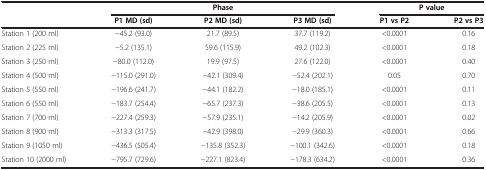
<table><thead><tr><td><b> </b></td><td colspan="3"><b>Phase</b></td><td colspan="2"><b>P value</b></td></tr><tr><td><b> </b></td><td><b>P1 MD (sd)</b></td><td><b>P2 MD (sd)</b></td><td><b>P3 MD (sd)</b></td><td><b>P1 vs P2</b></td><td><b>P2 vs P3</b></td></tr></thead><tbody><tr><td>Station 1 (200 ml)</td><td>-45.2 (93.0)</td><td>21.7 (89.5)</td><td>37.7 (119.2)</td><td>&lt;0.0001</td><td>0.16</td></tr><tr><td>Station 2 (225 ml)</td><td>-5.2 (135.1)</td><td>59.6 (115.9)</td><td>49.2 (102.3)</td><td>&lt;0.0001</td><td>0.18</td></tr><tr><td>Station 3 (250 ml)</td><td>-80.0 (112.0)</td><td>19.9 (97.5)</td><td>27.6 (122.0)</td><td>&lt;0.0001</td><td>0.40</td></tr><tr><td>Station 4 (500 ml)</td><td>-115.0 (291.0)</td><td>-42.1 (309.4)</td><td>-52.4 (202.1)</td><td>0.05</td><td>0.70</td></tr><tr><td>Station 5 (550 ml)</td><td>-196.6 (241.7)</td><td>-44.1 (182.2)</td><td>-18.0 (185.1)</td><td>&lt;0.0001</td><td>0.11</td></tr><tr><td>Station 6 (550 ml)</td><td>-183.7 (254.4)</td><td>-65.7 (237.3)</td><td>-38.6 (205.5)</td><td>&lt;0.0001</td><td>0.13</td></tr><tr><td>Station 7 (700 ml)</td><td>-227.4 (259.3)</td><td>-57.9 (235.1)</td><td>-14.2 (205.9)</td><td>&lt;0.0001</td><td>0.02</td></tr><tr><td>Station 8 (900 ml)</td><td>-313.3 (317.5)</td><td>-42.9 (398.0)</td><td>-29.9 (360.3)</td><td>&lt;0.0001</td><td>0.66</td></tr><tr><td>Station 9 (1050 ml)</td><td>-436.5 (505.4)</td><td>-135.8 (352.3)</td><td>-100.1 (342.6)</td><td>&lt;0.0001</td><td>0.18</td></tr><tr><td>Station 10 (2000 ml)</td><td>-795.7 (729.6)</td><td>-227.1 (823.4)</td><td>-178.3 (634.2)</td><td>&lt;0.0001</td><td>0.36</td></tr></tbody></table>